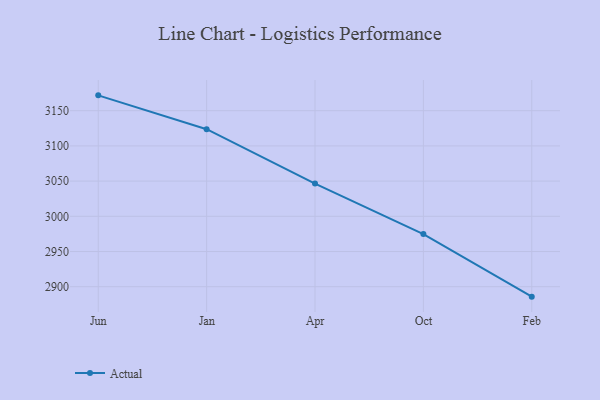
{"axis": {"x": "Month", "y": "Revenue (USD Million)"}, "legend": ["Actual"], "data": [{"x": "Jun", "y": 3171.8, "type": "Actual"}, {"x": "Jan", "y": 3123.7, "type": "Actual"}, {"x": "Apr", "y": 3046.5, "type": "Actual"}, {"x": "Oct", "y": 2974.8, "type": "Actual"}, {"x": "Feb", "y": 2885.9, "type": "Actual"}]}